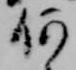
何